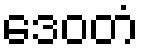
ဒေဝတံ